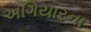
અગિયારના